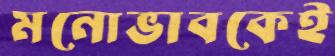
মনোভাবকেই